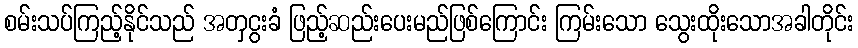
စမ်းသပ်ကြည့်နိုင်သည် အတှငွးခံ ဖြည့်ဆည်းပေးမည်ဖြစ်ကြောင်း ကြမ်းသော သွေးထိုးသောအခါတိုင်း